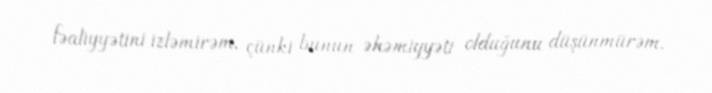
fəaliyyətini izləmirəm, çünki bunun əhəmiyyəti olduğunu düşünmürəm.